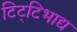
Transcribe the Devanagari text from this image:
टिट्‌टिभाद्य